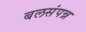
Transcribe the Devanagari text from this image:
बलसंपन्न